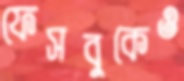
ফেসবুকেও